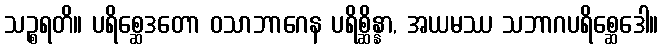
သဉ္စရတိ။ ပရိစ္ဆေဒတော ဝသာဘာဂေန ပရိစ္ဆိန္နာ, အယမဿ သဘာဂပရိစ္ဆေဒေါ။